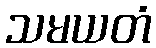
သမယတံ